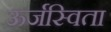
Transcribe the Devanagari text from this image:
ऊर्जस्विता